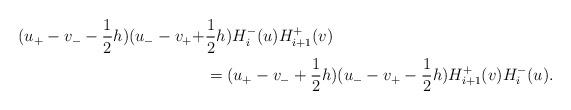
LaTeX: \begin{align*}(u_{+}-v_{-}-\frac{1}{2}h)(u_{-}-v_{+}+&\frac{1}{2}h)H_{i}^{-}(u)H_{i+1}^{+}(v)\\&=(u_{+}-v_{-}+\frac{1}{2}h)(u_{-}-v_{+}-\frac{1}{2}h)H_{i+1}^{+}(v)H_{i}^{-}(u).\end{align*}